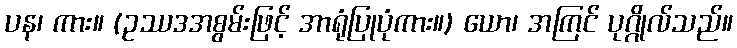
ပန၊ ကား။ (ဥဿဒအစွမ်းဖြင့် အာရုံပြုပုံကား။) ယော၊ အကြင် ပုဂ္ဂိုလ်သည်။